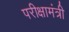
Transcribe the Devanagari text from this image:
परीक्षामंत्री